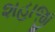
શહાજી